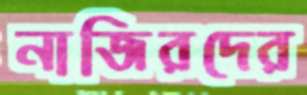
নাজিরদের